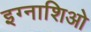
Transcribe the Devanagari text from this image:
इग्नाशिओ